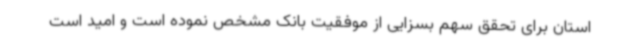
استان برای تحقق سهم بسزایی از موفقیت بانک مشخص نموده است و امید است